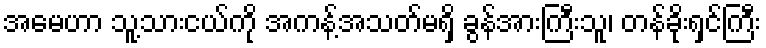
အမေဟာ သူ့သားငယ်ကို အကန့်အသတ်မရှိ ခွန်အားကြီးသူ၊ တန်ခိုးရှင်ကြီး